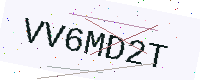
Text: VV6MD2T